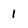
Character: 1